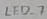
Text: LED_7